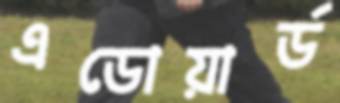
এডোয়ার্ড